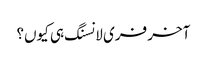
آخر فری لانسنگ ہی کیوں؟